Annual report on the working of the mental hospitals in the Madras Presidency - 1912-1932
Year: 1912
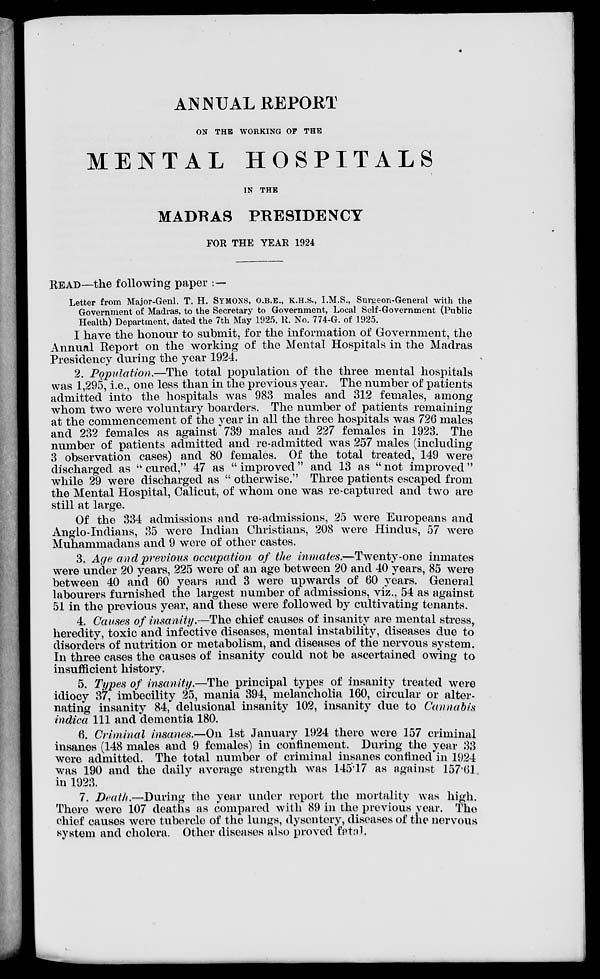
ANNUAL REPORT
ON THE WORKING OF THE
MENTAL HOSPITALS
IN THE
MADRAS PRESIDENCY
FOR THE YEAR 1924
READ—the following paper : —
Letter from Major-Genl. T. H. SYMONS, O.B.E., K.H.S., I.M.S., Surgeon-General with the
Government of Madras, to the Secretary to Government, Local Self-Government (Public
Health) Department, dated the 7th May 1925, R. No. 774-G. of 1925.
I have the honour to submit, for the information of Government, the
Annual Report on the working of the Mental Hospitals in the Madras
Presidency during the year 1924.
2. Population.—The total population of the three mental hospitals
was 1,295, i.e., one less than in the previous year. The number of patients
admitted into the hospitals was 983 males and 312 females, among
whom two were voluntary boarders. The number of patients remaining
at the commencement of the year in all the three hospitals was 726 males
and 232 females as against 739 males and 227 females in 1923. The
number of patients admitted and re-admitted was 257 males (including
3 observation cases) and 80 females. Of the total treated, 149 were
discharged as " cured," 47 as " improved " and 13 as " not improved "
while 29 were discharged as " otherwise." Three patients escaped from
the Mental Hospital, Calicut, of whom one was re-captured and two are
still at large.
Of the 334 admissions and re-admissions, 25 were Europeans and
Anglo-Indians, 35 were Indian Christians, 208 were Hindus, 57 were
Muhammadans and 9 were of other castes.
3. Age and previous occupation of the inmates.—Twenty-one inmates
were under 20 years, 225 were of an age between 20 and 40 years, 85 were
between 40 and 60 years and 3 were upwards of 60 years. General
labourers furnished the largest number of admissions, viz., 54 as against
51 in the previous year, and these were followed by cultivating tenants.
4. Causes of insanity.—The chief causes of insanity are mental stress,
heredity, toxic and infective diseases, mental instability, diseases due to
disorders of nutrition or metabolism, and diseases of the nervous system.
In three cases the causes of insanity could not be ascertained owing to
insufficient history.
5. Types of insanity.—The principal types of insanity treated were
idiocy 37, imbecility 25, mania 394, melancholia 160, circular or alter-
nating insanity 84, delusional insanity 102, insanity due to Cannabis
indica 111 and dementia 180.
6. Criminal insanes.—On 1st January 1924 there were 157 criminal
insanes (148 males and 9 females) in confinement. During the year 33
were admitted. The total number of criminal insanes confined in 1924
was 190 and the daily average strength was 145.17 as against 157.61
in 1923.
7. Death.—During the year under report the mortality was high.
There were 107 deaths as compared with 89 in the previous year. The
chief causes were tubercle of the lungs, dysentery, diseases of the nervous
system and cholera. Other diseases also proved fatal.